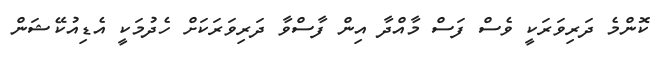
ކޮންމެ ދަރިވަރަކީ ވެސް ފަސް މާއްދާ އިން ފާސްވާ ދަރިވަރަކަށް ހެދުމަކީ އެޑިއުކޭޝަން